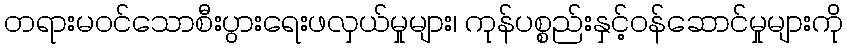
တရားမဝင်သောစီးပွားရေးဖလှယ်မှုများ၊ ကုန်ပစ္စည်းနှင့်ဝန်ဆောင်မှုများကို